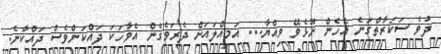
ދުވެ ސަކަރާތްގަނެ އެހެން ނޫޅެވޭ ވިއްޔާ... އަމިއްލައަށް ދެރަވެގެން އެވާހަކަ ދައްކަންވެސް ދައްކާނެ.